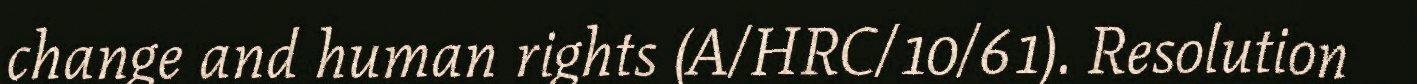
change and human rights (A/HRC/10/61). Resolution